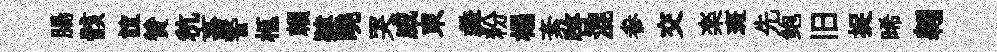
腸骸誼贊秔畜警柩賴肄曉哭威束彜粉榻紊啓混参交楽斑先鲍旧捉晞翱